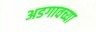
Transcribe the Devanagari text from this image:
अडगावच्या